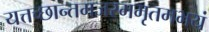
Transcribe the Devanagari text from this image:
यत्तच्छान्तमजरममृतमभयं